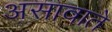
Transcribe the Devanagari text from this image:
असावाते